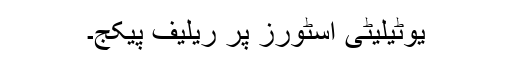
یوٹیلیٹی اسٹورز پر ریلیف پیکج۔